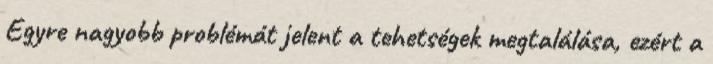
Egyre nagyobb problémát jelent a tehetségek megtalálása, ezért a